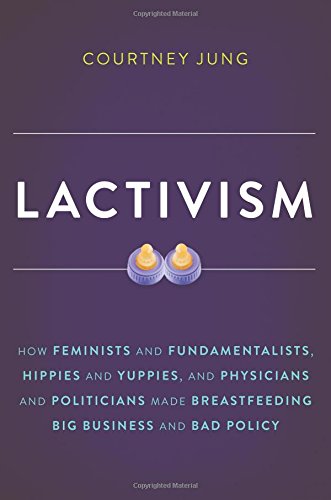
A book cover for Lactivism: How Feminists and Fundamentalists, Hippies and Yuppies, and Physicians and Politicians Made Breastfeeding Big Business and Bad Policy; Courtney Jung; Medical Books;